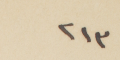
٢١٣